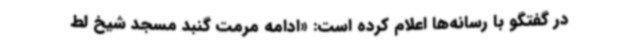
در گفتگو با رسانه‌ها اعلام کرده است: «ادامه مرمت گنبد مسجد شیخ لط